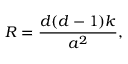
R = \frac { d ( d - 1 ) k } { a ^ { 2 } } ,